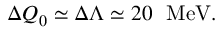
\Delta Q _ { 0 } \simeq \Delta \Lambda \simeq 2 0 \ \ \mathrm { M e V } .